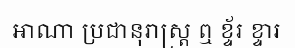
អាណា ប្រជានុរាស្ត្រ ឮ ខ្ទ័រ ខ្ទារ